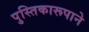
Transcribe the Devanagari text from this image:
पुस्तिकारूपाने